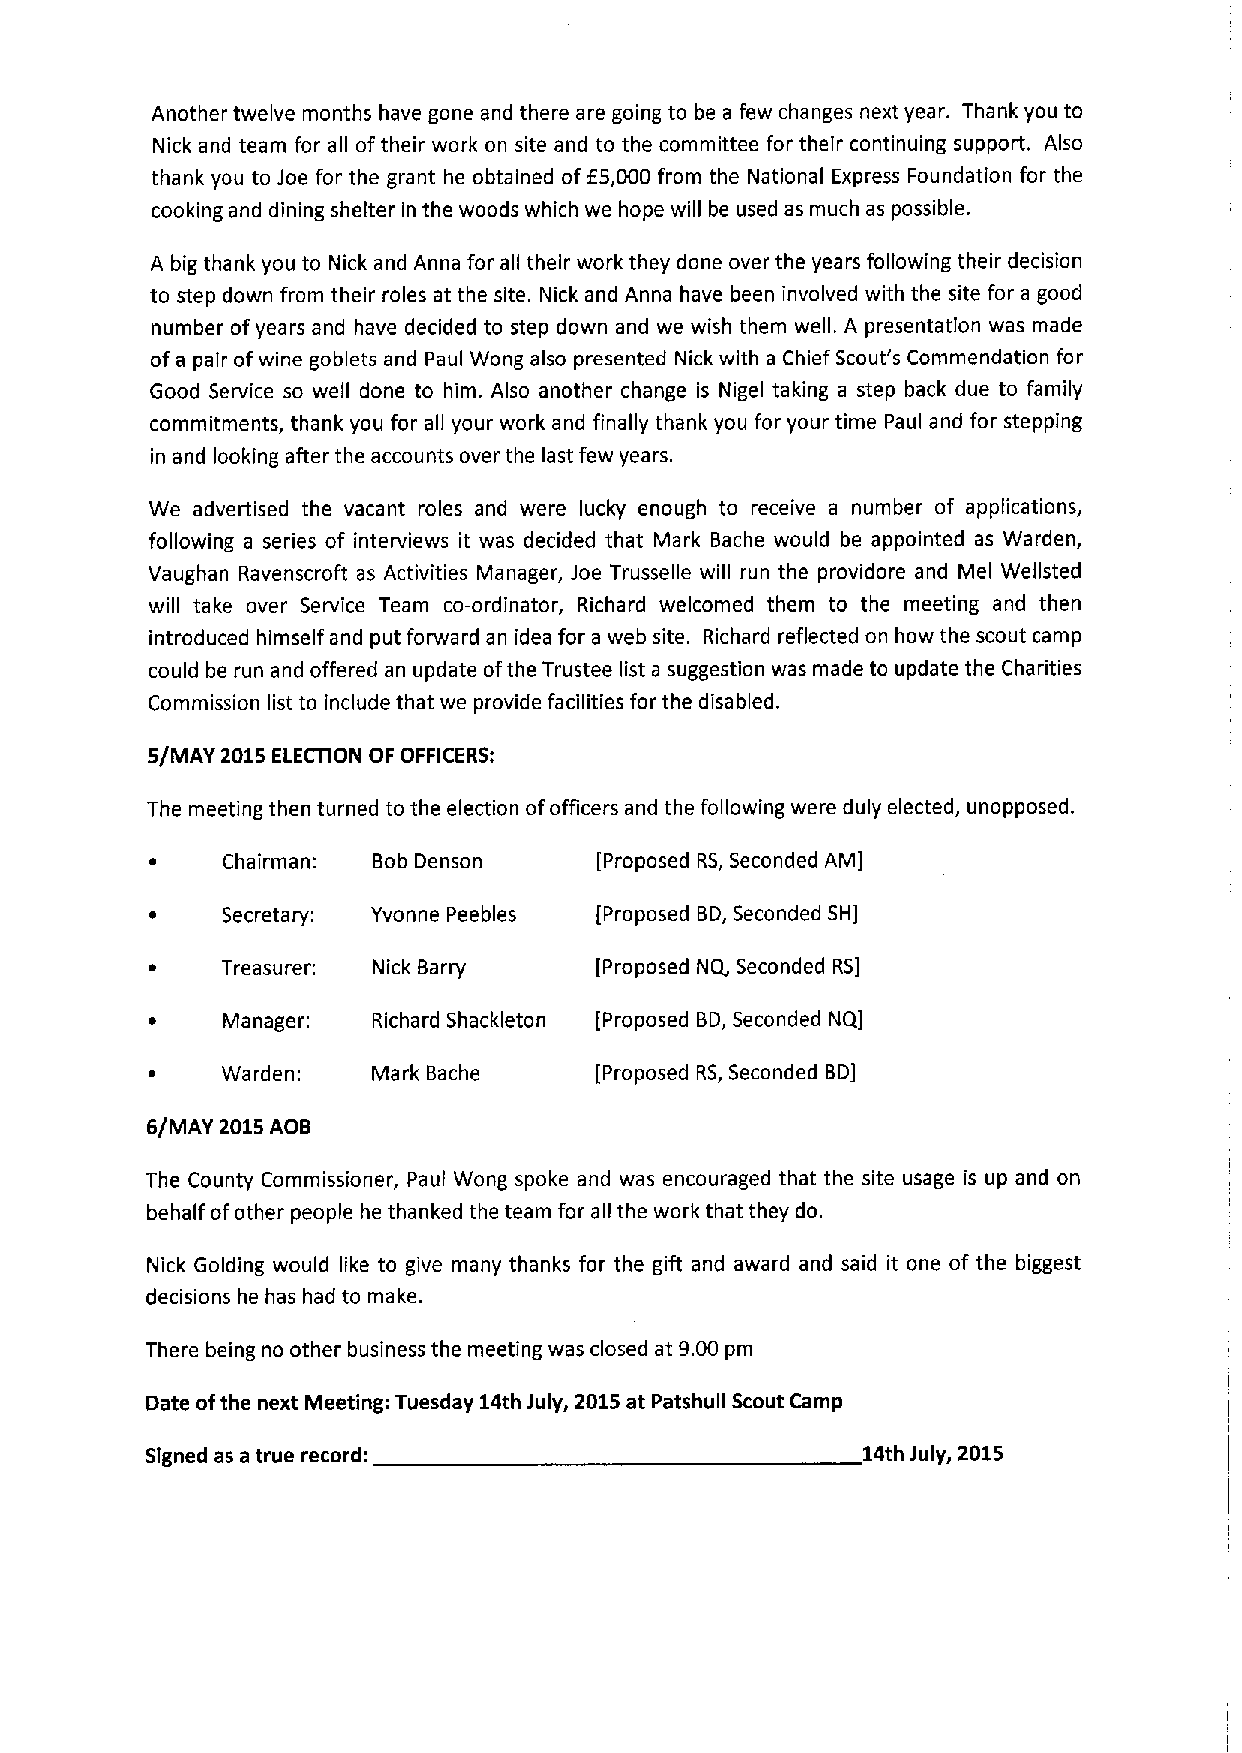
Another twelve months have gone and there are going to be a few changes next year. Thank you to
 Nick and team for all oftheir work on site and to the committee for their continuing support. Also
 thank you to Joe for the grant he obtained of E5,000 from the National Express Foundation for the
 cooking and dining shelter in the woods which we hope will be used as much as possible.
 A big thank you to Nick and Anna for all their work they done over the years following their decision
 to step down from their roles at the site. Nick and Anna have been involved with the site for a good
 number ofyears and have decided to step down and we wish them well. A presentation was made
 of a pair ofwine goblets and Paul Wong also presented Nick with a Chief Scout's Commendation for
 Good Service so well done to him. Also another change is Nigel taking a step back due to family
 commitments, thank you for all your work and finally thank you for your time Paul and for stepping
 in and looking after the accounts over the last few years.
 We advertised the vacant roles and were lucky enough to receive a number of applications,
 following a series of interviews it was decided that Mark Bache would be appointed as Warden,
 Vaughan Ravenscroft as Activities Manager, Joe Trusselle will run the providore and Mel Wellsted
 will take over Service Team co-ordinator, Richard welcomed them to the meeting and then
 introduced himself and put forward an idea for a web site. Richard reflected on how the scout camp
 could be run and offered an update ofthe Trustee list a suggestion was made to update the Charities
 Commission list to include that we provide facilities for the disabled.
 5/MAY 2015ELECllON OF OFFICERS:
 The meeting then turned to the election ofofficers and the following were duly elected, unopposed.
 ~    Chairman: Bob Denson     [Proposed RS, Seconded AM]
 ~    Secretary: Yvonne Peebles [Proposed BD,Seconded SH]
 ~    Treasurer: Nick Barry   [Proposed NQ, Seconded RS]
 ~    Manager:  Richard Shackleton [Proposed BD,Seconded NQ]
 ~    Warden:   Mark Bache    [Proposed RS, Seconded BD]
 6/MAY 2015AOB
 The County Commissioner, Paul Wong spoke and was encouraged that the site usage is up and on
 behalf ofother people he thanked the team for all the work that they do.
 Nick Golding would like to give many thanks for the gift and award and said it one of the biggest
 decisions he has had to make.
 There being no other business the meeting was closed at 9.00 pm
 Date ofthe next Meeting: Tuesday 14th July, 2015at Patshull Scout Camp
 SIgned as a true record:                       14th July, 2015